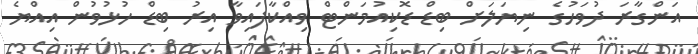
އަންގާރަ ދުވަހުގެ ނިޔަލަށް ބިޑް ޑޮކިއުމަންޓް ވިއްކާފައިވާ އިރު ބިޑް ހުޅުވުން އިއްޔެ